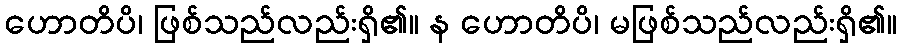
ဟောတိပိ၊ ဖြစ်သည်လည်းရှိ၏။ န ဟောတိပိ၊ မဖြစ်သည်လည်းရှိ၏။